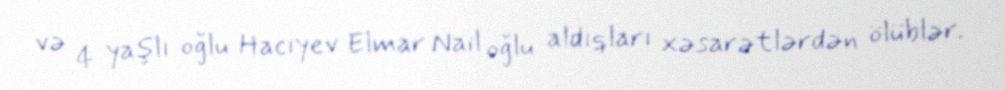
və 4 yaşlı oğlu Hacıyev Elmar Nail oğlu aldıqları xəsarətlərdən ölüblər.